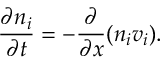
\frac { \partial n _ { i } } { \partial t } = - \frac { \partial } { \partial x } ( n _ { i } v _ { i } ) .